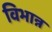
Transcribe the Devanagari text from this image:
विभान्न